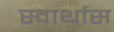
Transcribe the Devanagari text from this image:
स्वार्थास